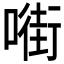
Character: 𱔡